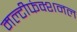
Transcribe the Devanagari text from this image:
मल्टीफंक्शनल